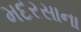
મદરસાના